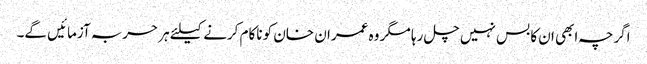
اگرچہ ابھی ان کا بس نہیں چل رہا مگر وہ عمران خان کو ناکام کرنے کیلئے ہر حربہ آزمائیں گے۔